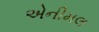
એનીમલ